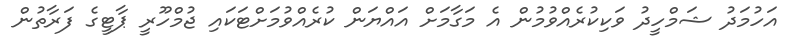
އަހުމަދު ޝަމްހީދު ވަކިކުރެއްވުމުން އެ މަގާމަށް އައްޔަން ކުރެއްވުމަށްޓަކައި ޖުމްހޫރީ ޕާޓީގެ ފަރާތުން